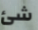
شئ